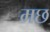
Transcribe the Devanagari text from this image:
मछ